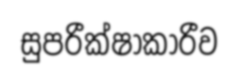
සුපරීක්ෂාකාරීව